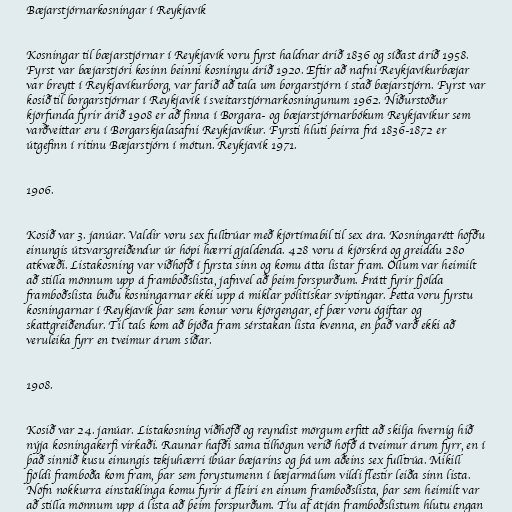
Bæjarstjórnarkosningar í Reykjavík

Kosningar til bæjarstjórnar í Reykjavík voru fyrst haldnar árið 1836 og síðast árið 1958.
Fyrst var bæjarstjóri kosinn beinni kosningu árið 1920. Eftir að nafni Reykjavíkurbæjar
var breytt í Reykjavíkurborg, var farið að tala um borgarstjórn í stað bæjarstjórn. Fyrst var
kosið til borgarstjórnar í Reykjavík í sveitarstjórnarkosningunum 1962. Niðurstöður
kjörfunda fyrir árið 1908 er að finna í Borgara- og bæjarstjórnarbókum Reykjavíkur sem
varðveittar eru í Borgarskjalasafni Reykjavíkur. Fyrsti hluti þeirra frá 1836-1872 er
útgefinn í ritinu Bæjarstjórn í mótun. Reykjavík 1971.

1906.

Kosið var 3. janúar. Valdir voru sex fulltrúar með kjörtímabil til sex ára. Kosningarétt höfðu
einungis útsvarsgreiðendur úr hópi hærri gjaldenda. 428 voru á kjörskrá og greiddu 280
atkvæði. Listakosning var viðhöfð í fyrsta sinn og komu átta listar fram. Öllum var heimilt
að stilla mönnum upp á framboðslista, jafnvel að þeim forspurðum. Þrátt fyrir fjölda
framboðslista buðu kosningarnar ekki upp á miklar pólitískar sviptingar. Þetta voru fyrstu
kosningarnar í Reykjavík þar sem konur voru kjörgengar, ef þær voru ógiftar og
skattgreiðendur. Til tals kom að bjóða fram sérstakan lista kvenna, en það varð ekki að
veruleika fyrr en tveimur árum síðar.

1908.

Kosið var 24. janúar. Listakosning viðhöfð og reyndist mörgum erfitt að skilja hvernig hið
nýja kosningakerfi virkaði. Raunar hafði sama tilhögun verið höfð á tveimur árum fyrr, en í
það sinnið kusu einungis tekjuhærri íbúar bæjarins og þá um aðeins sex fulltrúa. Mikill
fjöldi framboða kom fram, þar sem forystumenn í bæjarmálum vildi flestir leiða sinn lista.
Nöfn nokkurra einstaklinga komu fyrir á fleiri en einum framboðslista, þar sem heimilt var
að stilla mönnum upp á lista að þeim forspurðum. Tíu af átján framboðslistum hlutu engan